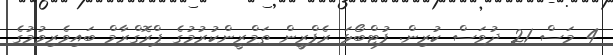
4 މަސް 21 ދުވަސް ކުރިން. ފުޓްބޯޅަ ރެފްރީން ތަމްރީންކުރުމުގެ ޕްރޮގްރާމް ބައިވެރިވުމުގެ